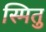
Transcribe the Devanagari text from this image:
स्मितु